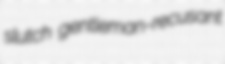
slutch gentleman-recusant